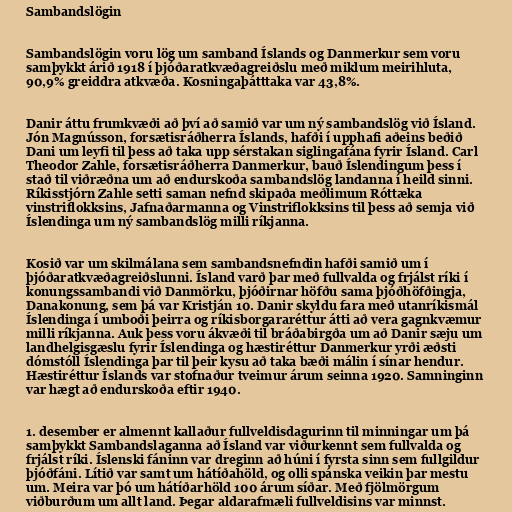
Sambandslögin

Sambandslögin voru lög um samband Íslands og Danmerkur sem voru
samþykkt árið 1918 í þjóðaratkvæðagreiðslu með miklum meirihluta,
90,9% greiddra atkvæða. Kosningaþátttaka var 43,8%.

Danir áttu frumkvæði að því að samið var um ný sambandslög við Ísland.
Jón Magnússon, forsætisráðherra Íslands, hafði í upphafi aðeins beðið
Dani um leyfi til þess að taka upp sérstakan siglingafána fyrir Ísland. Carl
Theodor Zahle, forsætisráðherra Danmerkur, bauð Íslendingum þess í
stað til viðræðna um að endurskoða sambandslög landanna í heild sinni.
Ríkisstjórn Zahle setti saman nefnd skipaða meðlimum Róttæka
vinstriflokksins, Jafnaðarmanna og Vinstriflokksins til þess að semja við
Íslendinga um ný sambandslög milli ríkjanna.

Kosið var um skilmálana sem sambandsnefndin hafði samið um í
þjóðaratkvæðagreiðslunni. Ísland varð þar með fullvalda og frjálst ríki í
konungssambandi við Danmörku, þjóðirnar höfðu sama þjóðhöfðingja,
Danakonung, sem þá var Kristján 10. Danir skyldu fara með utanríkismál
Íslendinga í umboði þeirra og ríkisborgararéttur átti að vera gagnkvæmur
milli ríkjanna. Auk þess voru ákvæði til bráðabirgða um að Danir sæju um
landhelgisgæslu fyrir Íslendinga og hæstiréttur Danmerkur yrði æðsti
dómstóll Íslendinga þar til þeir kysu að taka bæði málin í sínar hendur.
Hæstiréttur Íslands var stofnaður tveimur árum seinna 1920. Samninginn
var hægt að endurskoða eftir 1940.

1. desember er almennt kallaður fullveldisdagurinn til minningar um þá
samþykkt Sambandslaganna að Ísland var viðurkennt sem fullvalda og
frjálst ríki. Íslenski fáninn var dreginn að húni í fyrsta sinn sem fullgildur
þjóðfáni. Lítið var samt um hátíðahöld, og olli spánska veikin þar mestu
um. Meira var þó um hátíðarhöld 100 árum síðar. Með fjölmörgum
viðburðum um allt land. Þegar aldarafmæli fullveldisins var minnst.